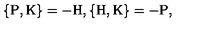
\{ \mathrm { P } , \mathrm { K } \} = - \mathrm { H } , \{ \mathrm { H } , \mathrm { K } \} = - \mathrm { P } ,